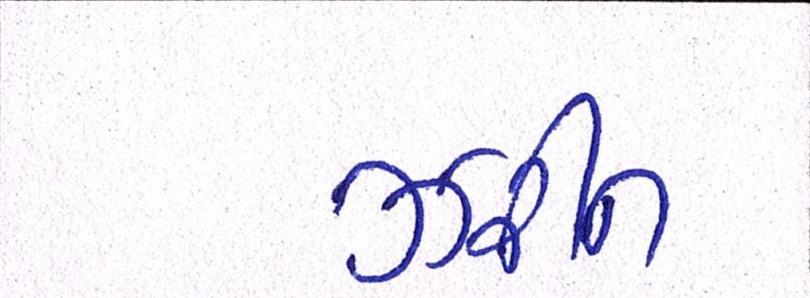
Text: ઝરીન